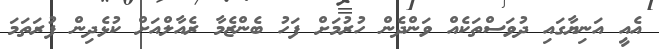
އެއީ އަނިޔާގައި ދުވަސްތަކެއް ވަންދެން ހުރުމަށް ފަހު ބެންޒެމާ ރެއާލްއަށް ކުޅެދިން ފުރަތަމަ